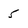
Character: 5